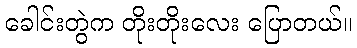
ခေါင်းတွဲက တိုးတိုးလေး ပြောတယ်။